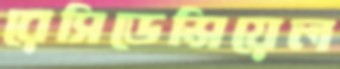
রেসিডেন্সিয়েল